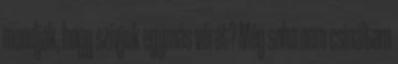
mondják, hogy szívjuk egymás vérét? Még soha nem csináltam